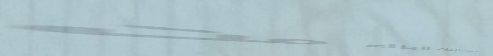
أدوات ومستلزمات البناء مت